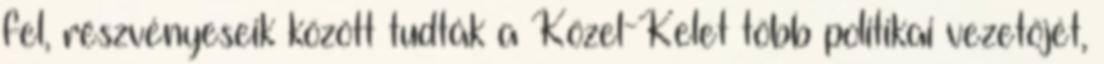
fel, részvényeseik között tudták a Közel-Kelet több politikai vezetőjét,